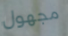
مجهول